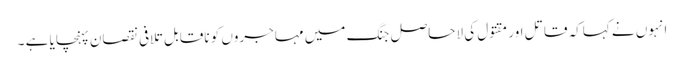
انہوں نے کہاکہ قاتل اور مقتول کی لاحاصل جنگ میں مہاجروں کو ناقابل تلافی نقصان پہنچایا ہے ۔